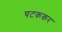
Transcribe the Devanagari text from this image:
चटककर